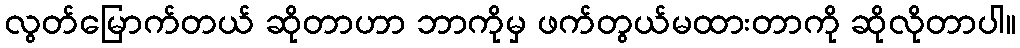
လွတ်မြောက်တယ် ဆိုတာဟာ ဘာကိုမှ ဖက်တွယ်မထားတာကို ဆိုလိုတာပါ။